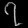
Digit: ၇